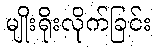
မျိုးရိုးလိုက်ခြင်း